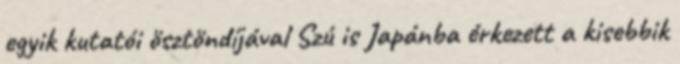
egyik kutatói ösztöndíjával Szú is Japánba érkezett a kisebbik